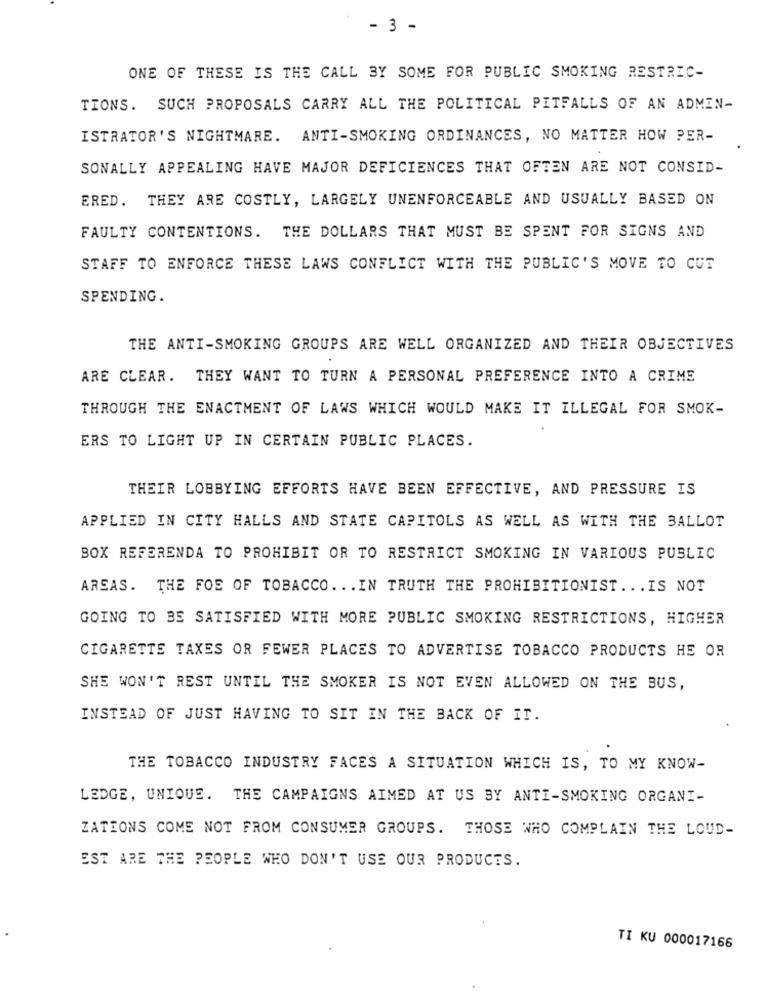
- 3 -
ONE OF THESE IS THE CALL BY SOME FOR PUBLIC SMOKING RESTRIC-
TIONS. SUCH PROPOSALS CARRY ALL THE POLITICAL PITFALLS OF AN ADMIN-
ISTRATOR'S NIGHTMARE. ANTI-SMOKING ORDINANCES, NO MATTER HOW PER-
SONALLY APPEALING HAVE MAJOR DEFICIENCES THAT OFTEN ARE NOT CONSID-
ERED. THEY ARE COSTLY, LARGELY UNENFORCEABLE AND USUALLY BASED ON
FAULTY CONTENTIONS. THE DOLLARS THAT MUST BE SPENT FOR SIGNS AND
STAFF TO ENFORCE THESE LAWS CONFLICT WITH THE PUBLIC'S MOVE TO CUT
SPENDING.
THE ANTI-SMOKING GROUPS ARE WELL ORGANIZED AND THEIR OBJECTIVES
ARE CLEAR. THEY WANT TO TURN A PERSONAL PREFERENCE INTO A CRIME
THROUGH THE ENACTMENT OF LAWS WHICH WOULD MAKE IT ILLEGAL FOR SMOK-
ERS TO LIGHT UP IN CERTAIN PUBLIC PLACES.
THEIR LOBBYING EFFORTS HAVE BEEN EFFECTIVE, AND PRESSURE IS
APPLIED IN CITY HALLS AND STATE CAPITOLS AS WELL AS WITH THE BALLOT
BOX REFERENDA TO PROHIBIT OR TO RESTRICT SMOKING IN VARIOUS PUBLIC
AREAS. THE FOE OF TOBACCO .. . IN TRUTH THE PROHIBITIONIST ... IS NOT
GOING TO BE SATISFIED WITH MORE PUBLIC SMOKING RESTRICTIONS, HIGHER
CIGARETTE TAXES OR FEWER PLACES TO ADVERTISE TOBACCO PRODUCTS HE OR
SHE WON'T REST UNTIL THE SMOKER IS NOT EVEN ALLOWED ON THE BUS,
INSTEAD OF JUST HAVING TO SIT IN THE BACK OF IT.
THE TOBACCO INDUSTRY FACES A SITUATION WHICH IS, TO MY KNOW-
LEDGE, UNIQUE. THE CAMPAIGNS AIMED AT US BY ANTI-SMOKING ORGANI-
ZATIONS COME NOT FROM CONSUMER GROUPS. THOSE WHO COMPLAIN THE LOUD-
EST ARE THE PEOPLE WHO DON'T USE OUR PRODUCTS.
TI KU 000017166